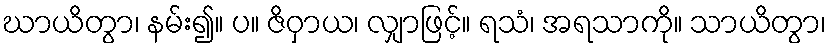
ဃာယိတွာ၊ နမ်း၍။ ပ။ ဇိဝှာယ၊ လျှာဖြင့်။ ရသံ၊ အရသာကို။ သာယိတွာ၊